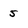
Character: 5